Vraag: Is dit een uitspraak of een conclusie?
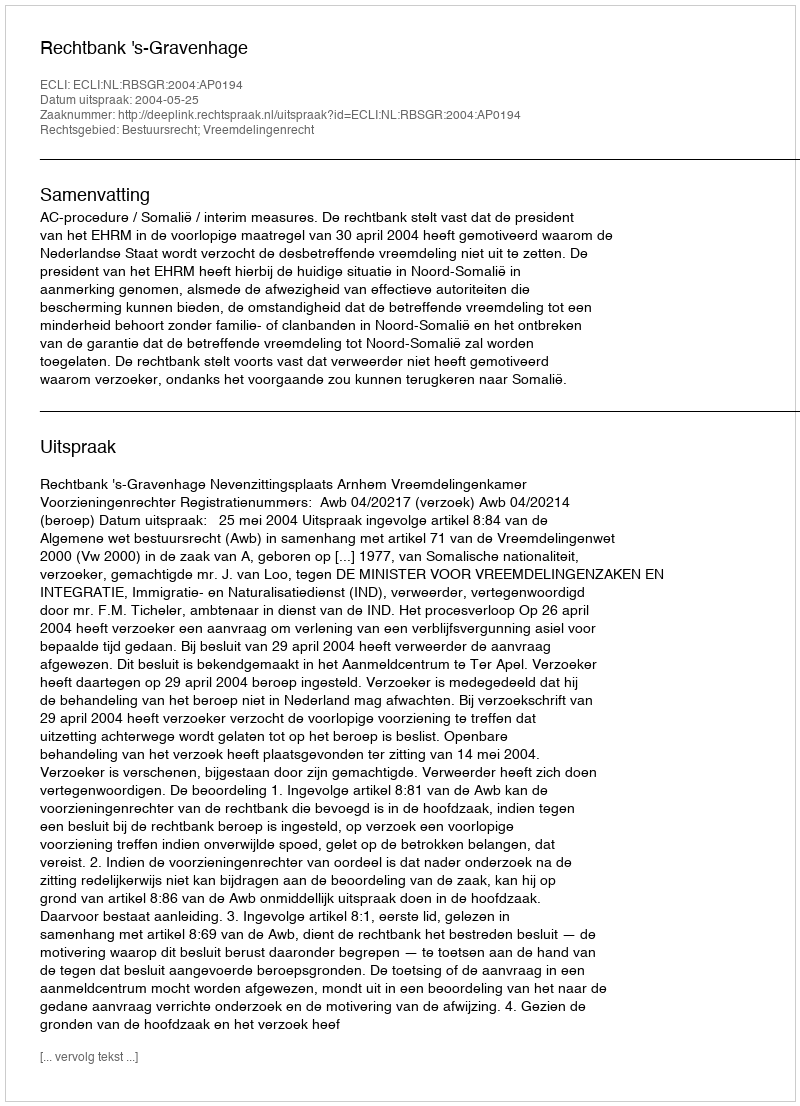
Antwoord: Uitspraak